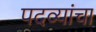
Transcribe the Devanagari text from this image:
पदव्यांचा